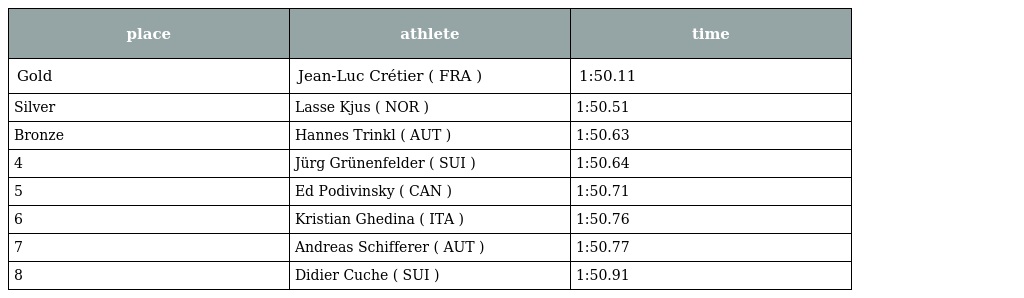
| place | athlete | time |
 | --- | --- | --- |
 | Gold | Jean-Luc Crétier ( FRA ) | 1:50.11 |
 | Silver | Lasse Kjus ( NOR ) | 1:50.51 |
 | Bronze | Hannes Trinkl ( AUT ) | 1:50.63 |
 | 4 | Jürg Grünenfelder ( SUI ) | 1:50.64 |
 | 5 | Ed Podivinsky ( CAN ) | 1:50.71 |
 | 6 | Kristian Ghedina ( ITA ) | 1:50.76 |
 | 7 | Andreas Schifferer ( AUT ) | 1:50.77 |
 | 8 | Didier Cuche ( SUI ) | 1:50.91 |